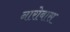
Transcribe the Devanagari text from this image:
नारोबास